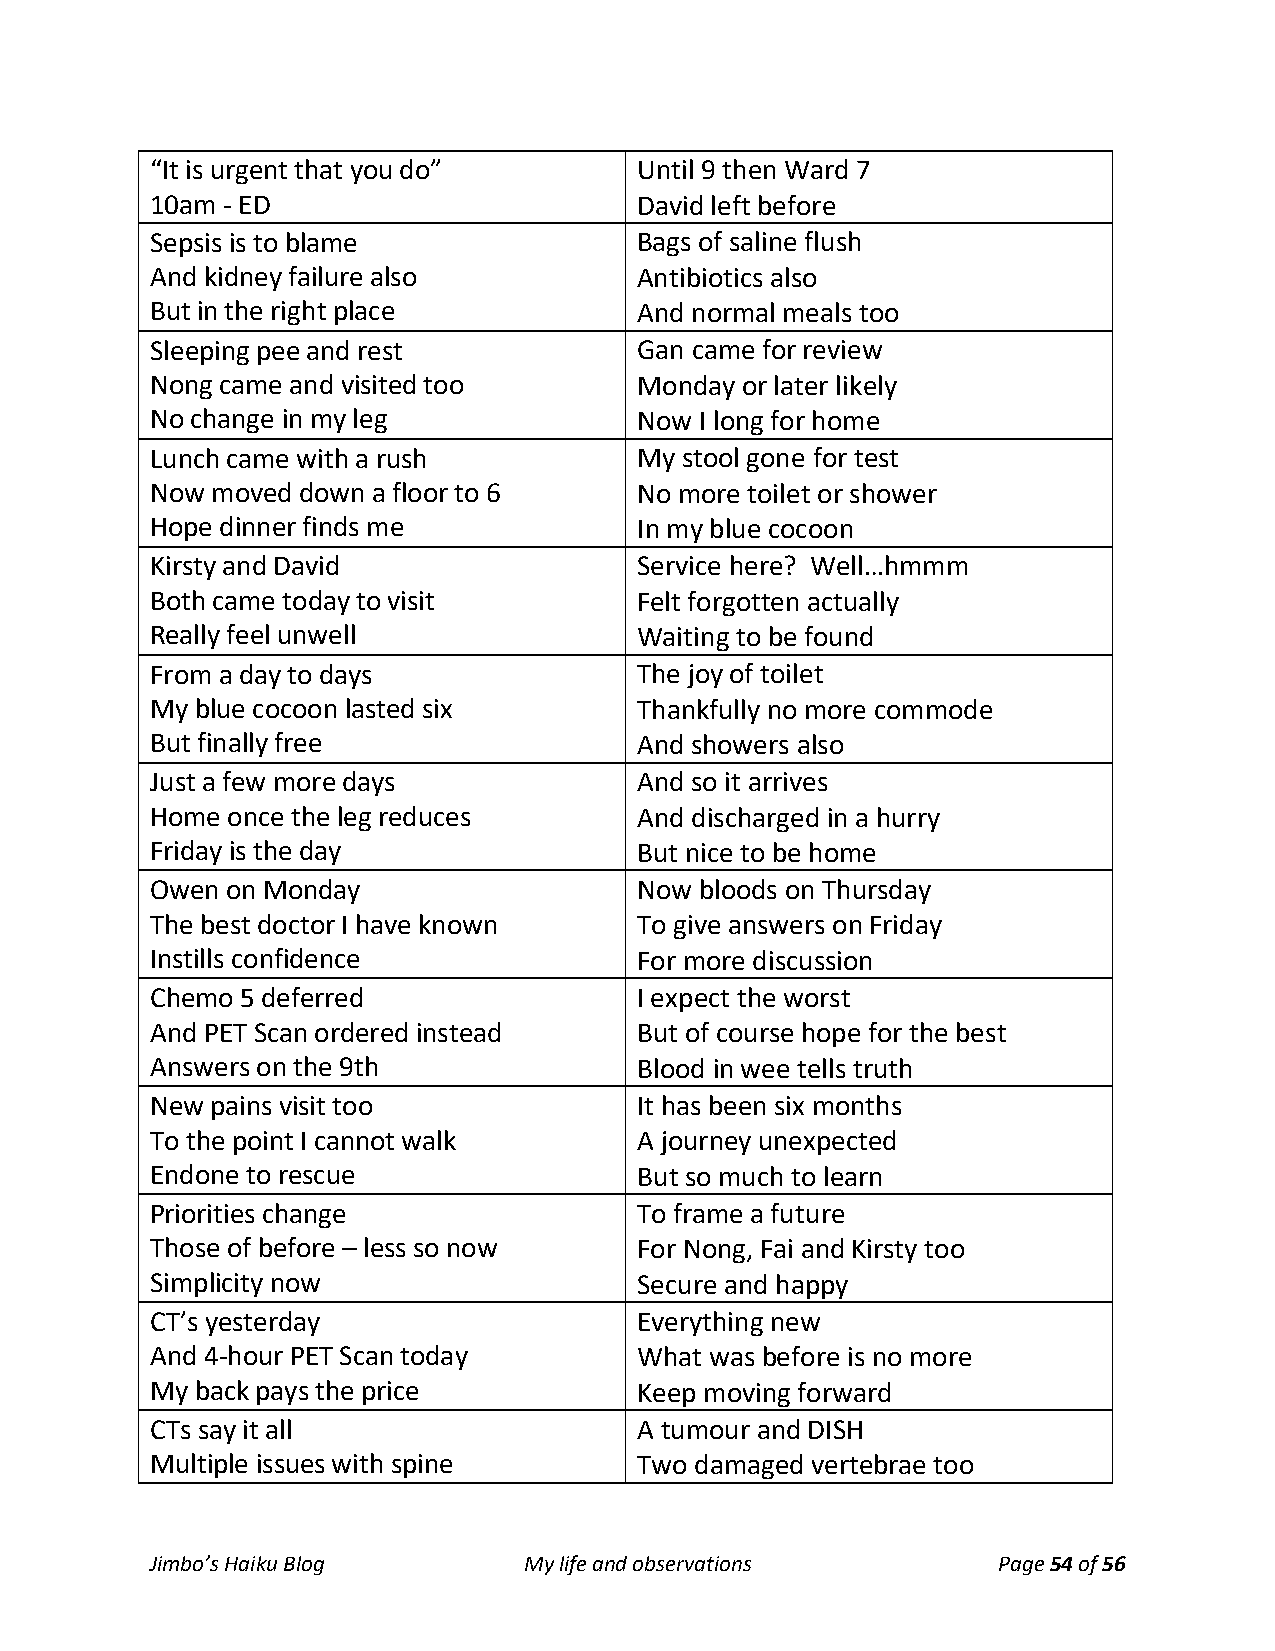
“It is urgent that you do”      Until 9 then Ward 7
 10am - ED                       David left before
 Sepsis is to blame              Bags of saline flush
 And kidney failure also         Antibiotics also
 But in the right place          And normal meals too
 Sleeping pee and rest           Gan came for review
 Nong came and visited too       Monday or later likely
 No change in my leg             Now I long for home
 Lunch came with a rush          My stool gone for test
 Now moved down a floor to 6     No more toilet or shower
 Hope dinner finds me            In my blue cocoon
 Kirsty and David                Service here? Well…hmmm
 Both came today to visit        Felt forgotten actually
 Really feel unwell              Waiting to be found
 From a day to days              The joy of toilet
 My blue cocoon lasted six       Thankfully no more commode
 But finally free                And showers also
 Just a few more days            And so it arrives
 Home once the leg reduces       And discharged in a hurry
 Friday is the day               But nice to be home
 Owen on Monday                  Now bloods on Thursday
 The best doctor I have known    To give answers on Friday
 Instills confidence             For more discussion
 Chemo 5 deferred                I expect the worst
 And PET Scan ordered instead    But of course hope for the best
 Answers on the 9th              Blood in wee tells truth
 New pains visit too             It has been six months
 To the point I cannot walk      A journey unexpected
 Endone to rescue                But so much to learn
 Priorities change               To frame a future
 Those of before – less so now   For Nong, Fai and Kirsty too
 Simplicity now                  Secure and happy
 CT’s yesterday                  Everything new
 And 4-hour PET Scan today       What was before is no more
 My back pays the price          Keep moving forward
 CTs say it all                  A tumour and DISH
 Multiple issues with spine      Two damaged vertebrae too
 Jimbo’s Haiku Blog       My life and observations       Page 54 of 56